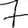
Digit: 7